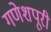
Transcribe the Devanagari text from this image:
गणेशपूरी